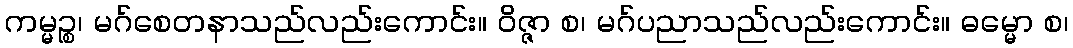
ကမ္မဉ္စ၊ မဂ်စေတနာသည်လည်းကောင်း။ ဝိဇ္ဇာ စ၊ မဂ်ပညာသည်လည်းကောင်း။ ဓမ္မော စ၊